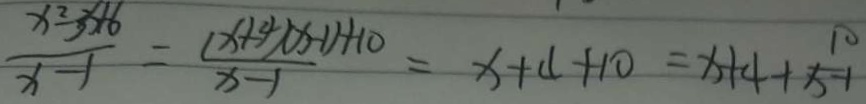
\frac { x ^ { 2 } - 3 + 6 } { x - 1 } = \frac { ( x + 4 ) ( x - 1 ) + 1 0 } { x - 1 } = x + 4 + 1 0 = x + 4 + \frac { 1 0 } { x - 1 }